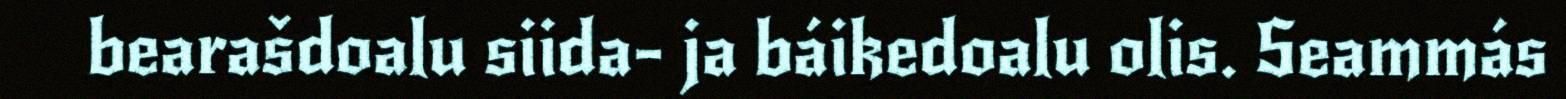
bearašdoalu siida- ja báikedoalu olis. Seammás